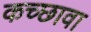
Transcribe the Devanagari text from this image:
कच्छावा